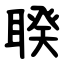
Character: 聧